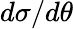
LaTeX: d\sigma/d\theta